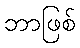
ဘာဖြစ်